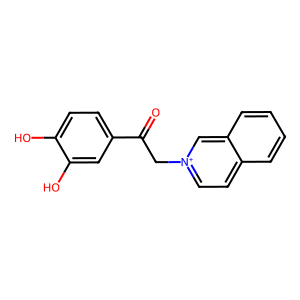
SMILES: O=C(C[n+]1ccc2ccccc2c1)c1ccc(O)c(O)c1
Inhibits HIV replication: No